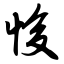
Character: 悛